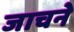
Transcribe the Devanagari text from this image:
जाचने